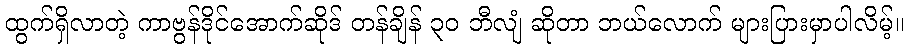
ထွက်ရှိလာတဲ့ ကာဗွန်ဒိုင်အောက်ဆိုဒ် တန်ချိန် ၃၀ ဘီလျံ ဆိုတာ ဘယ်လောက် များပြားမှာပါလိမ့်။